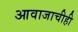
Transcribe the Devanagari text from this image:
आवाजाचीही